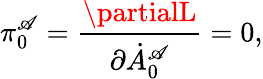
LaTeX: \pi_{0}^{\mathscr{A}}={\frac{{\partialL}}{{\partial\dot{{A}}_{0}^{\mathscr{A}}}}}=0,